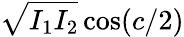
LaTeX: \sqrt{I_{1}I_{2}}\cos(c/2)